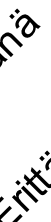
r ä